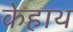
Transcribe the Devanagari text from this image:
केहाथ